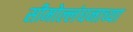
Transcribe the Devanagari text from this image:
सीमोल्लंघनाच्या